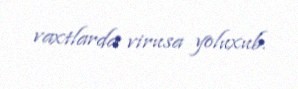
vaxtlarda virusa yoluxub.